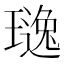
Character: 𱯤